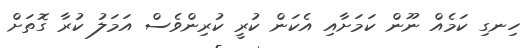
ހިނގި ކަމެއް ނޫން ކަމަށާއި އެކަން ކުރީ ކުރިންވެސް އަމަލު ކުރާ ގޮތަށް